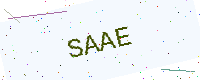
Text: SAAE